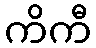
ကိကီ